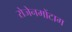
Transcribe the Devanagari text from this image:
रोजेनमोंटाग